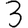
Digit: 3